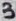
Text: 3